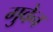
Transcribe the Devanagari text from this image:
गुवेन